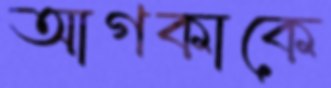
আগকাকে